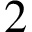
2